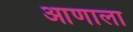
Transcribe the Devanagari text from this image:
आणाला